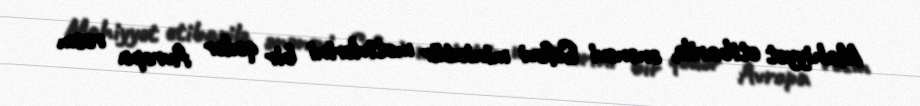
Mahiyyət etibarilə, ənənəvi Səfəvi miniatür motivlərini bir qədər Avropa rəsm